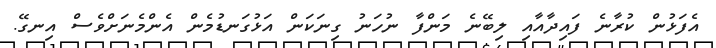
އެފަޅުން ކުރާނެ ފައިދާއާއި ލިބޭނެ މަންފާ ނުހަނު ގިނަކަން އަޅުގަނޑުމެން އެންމެނަށްވެސް އިނގޭ.